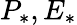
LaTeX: P_{*},E_{*}